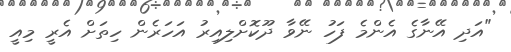
"އަދި އޭނާގެ އެންމެ ފަހު ނޭވާ ދޫކޮށްލިއިރު އަހަރެން ހިތަށް އެރީ މިއީ